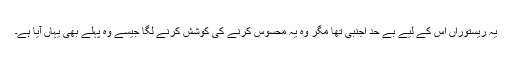
یہ ریستوراں اس کے لیے بے حد اجنبی تھا مگر وہ یہ محسوس کرنے کی کوشش کرنے لگا جیسے وہ پہلے بھی یہاں آیا ہے۔